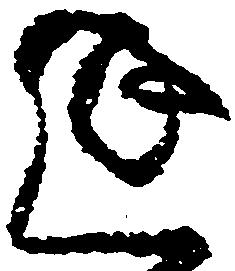
延